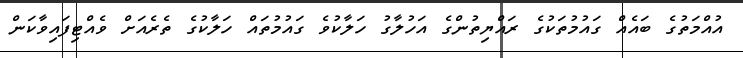
އުއްމަތުގެ ބައެއް ގައުމުތަކުގެ ރައްޔިތުންގެ އަހުލާގު ހަލާކުވެ ގައުމުތައް ހަލާކުގެ ތެރެއަށް ވެއްޓިފައިވާކަން